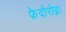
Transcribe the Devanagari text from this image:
फ़ेदोरोव्ना